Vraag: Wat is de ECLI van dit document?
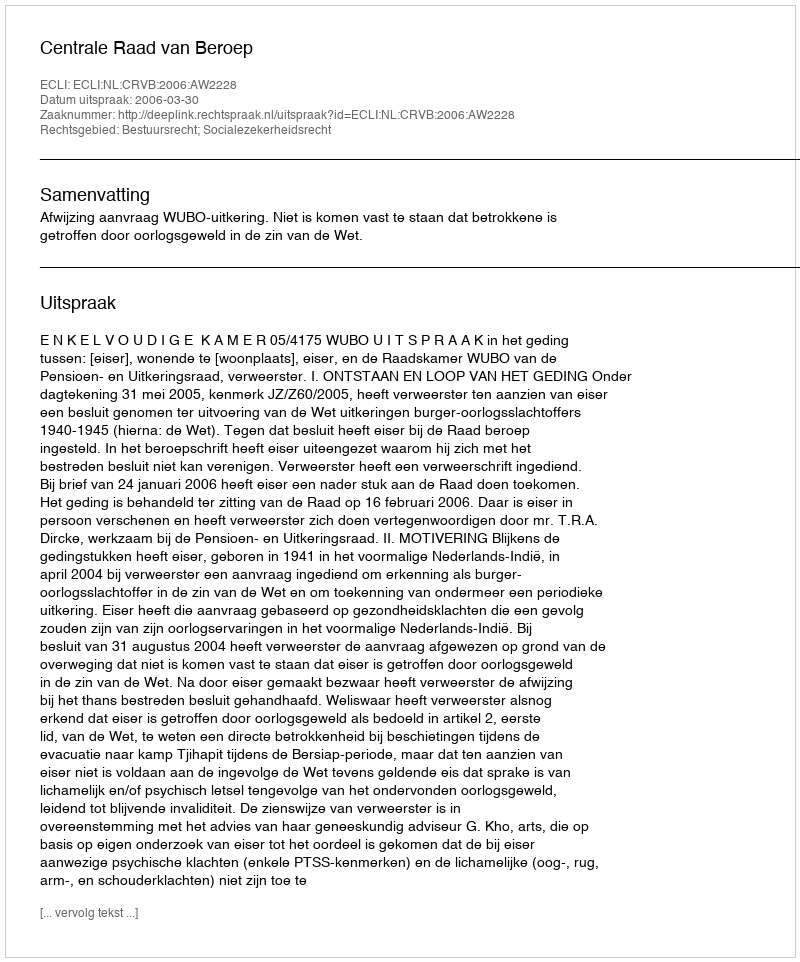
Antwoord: ECLI:NL:CRVB:2006:AW2228